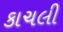
કાચલી